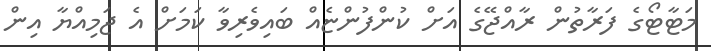
މަޓާޓޯގެ ފަރާތުން ރާއްޖޭގެ އަށް ކުންފުންޏެއް ބައިވެރިވާ ކަމަށް އެ ޖަމިއްޔާ އިން